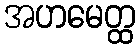
အဟမေတ္ထ